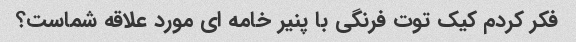
فکر کردم کیک توت فرنگی با پنیر خامه ای مورد علاقه شماست؟